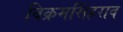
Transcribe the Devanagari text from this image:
विक्रमसिंहराव